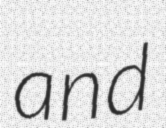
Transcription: and